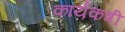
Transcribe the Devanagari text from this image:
कार्यकत्री